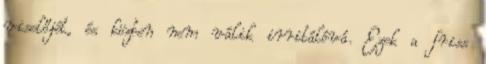
viselőjét, és közben nem válik irritálóvá. Ezek a friss